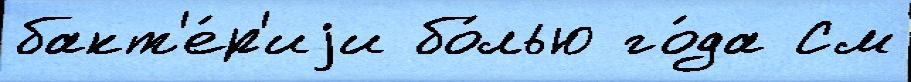
бакт'е́р'иjи бо́лью го́да См